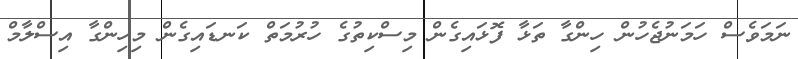
ނަމަވެސް ހަމަނުޖެހުން ހިންގާ ތަޅާ ފޮޅައިގެން މިސްކިތުގެ ހުރުމަތް ކަނޑައިގެން މިހިންގާ އިސްލާމް